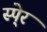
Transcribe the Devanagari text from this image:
स्पे्र